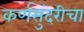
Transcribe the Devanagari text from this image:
कर्णसुंदरीचा